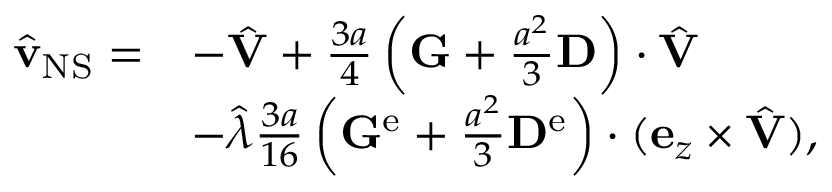
\begin{array} { r l } { \hat { \mathbf { v } } _ { \mathrm { N S } } = } & { - \hat { \mathbf { V } } + \frac { 3 a } { 4 } \left( \mathbf { G } + \frac { a ^ { 2 } } { 3 } \mathbf { D } \right) \cdot \hat { \mathbf { V } } } \\ & { - \hat { \lambda } \frac { 3 a } { 1 6 } \left( \mathbf { G } ^ { \mathrm { e } } + \frac { a ^ { 2 } } { 3 } \mathbf { D } ^ { \mathrm { e } } \right) \cdot ( \mathbf { e } _ { z } \times \hat { \mathbf { V } } ) , } \end{array}